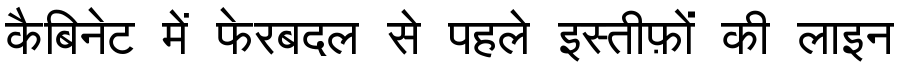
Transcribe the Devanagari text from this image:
कैबिनेट में फेरबदल से पहले इस्तीफ़ों की लाइन